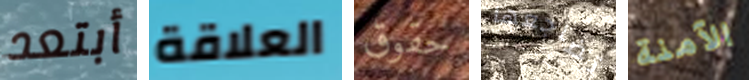
أبتعد العلاقة حقوق تضاجعها الآمنة